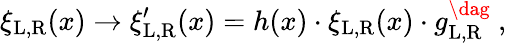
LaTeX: \xi_{\mathrm{L,R}}(x)\rightarrow\xi_{\mathrm{L,R}}^{\prime}(x)=h(x)\cdot\xi_{\mathrm{L,R}}(x)\cdot g_{\mathrm{L,R}}^{\dag}\ ,